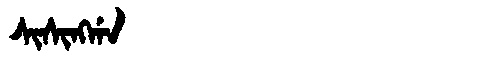
Manchu: ᠰᡳᠰᡳᠩᡤᠠ
Romanization: SISINGGA